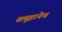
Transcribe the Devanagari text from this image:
समूहानेच